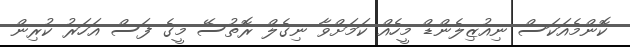
ކޮންމެއަކަސް ނިއުޒިލެންޑް މީހެއް ކަމަށްވާ ނިގެލް ރޮތުސޭ މީގެ ފަސް އަހަރު ކުރިން